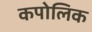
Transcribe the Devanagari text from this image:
कपोलिक